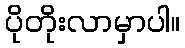
ပိုတိုးလာမှာပါ။